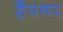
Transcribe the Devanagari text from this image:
हैपनर